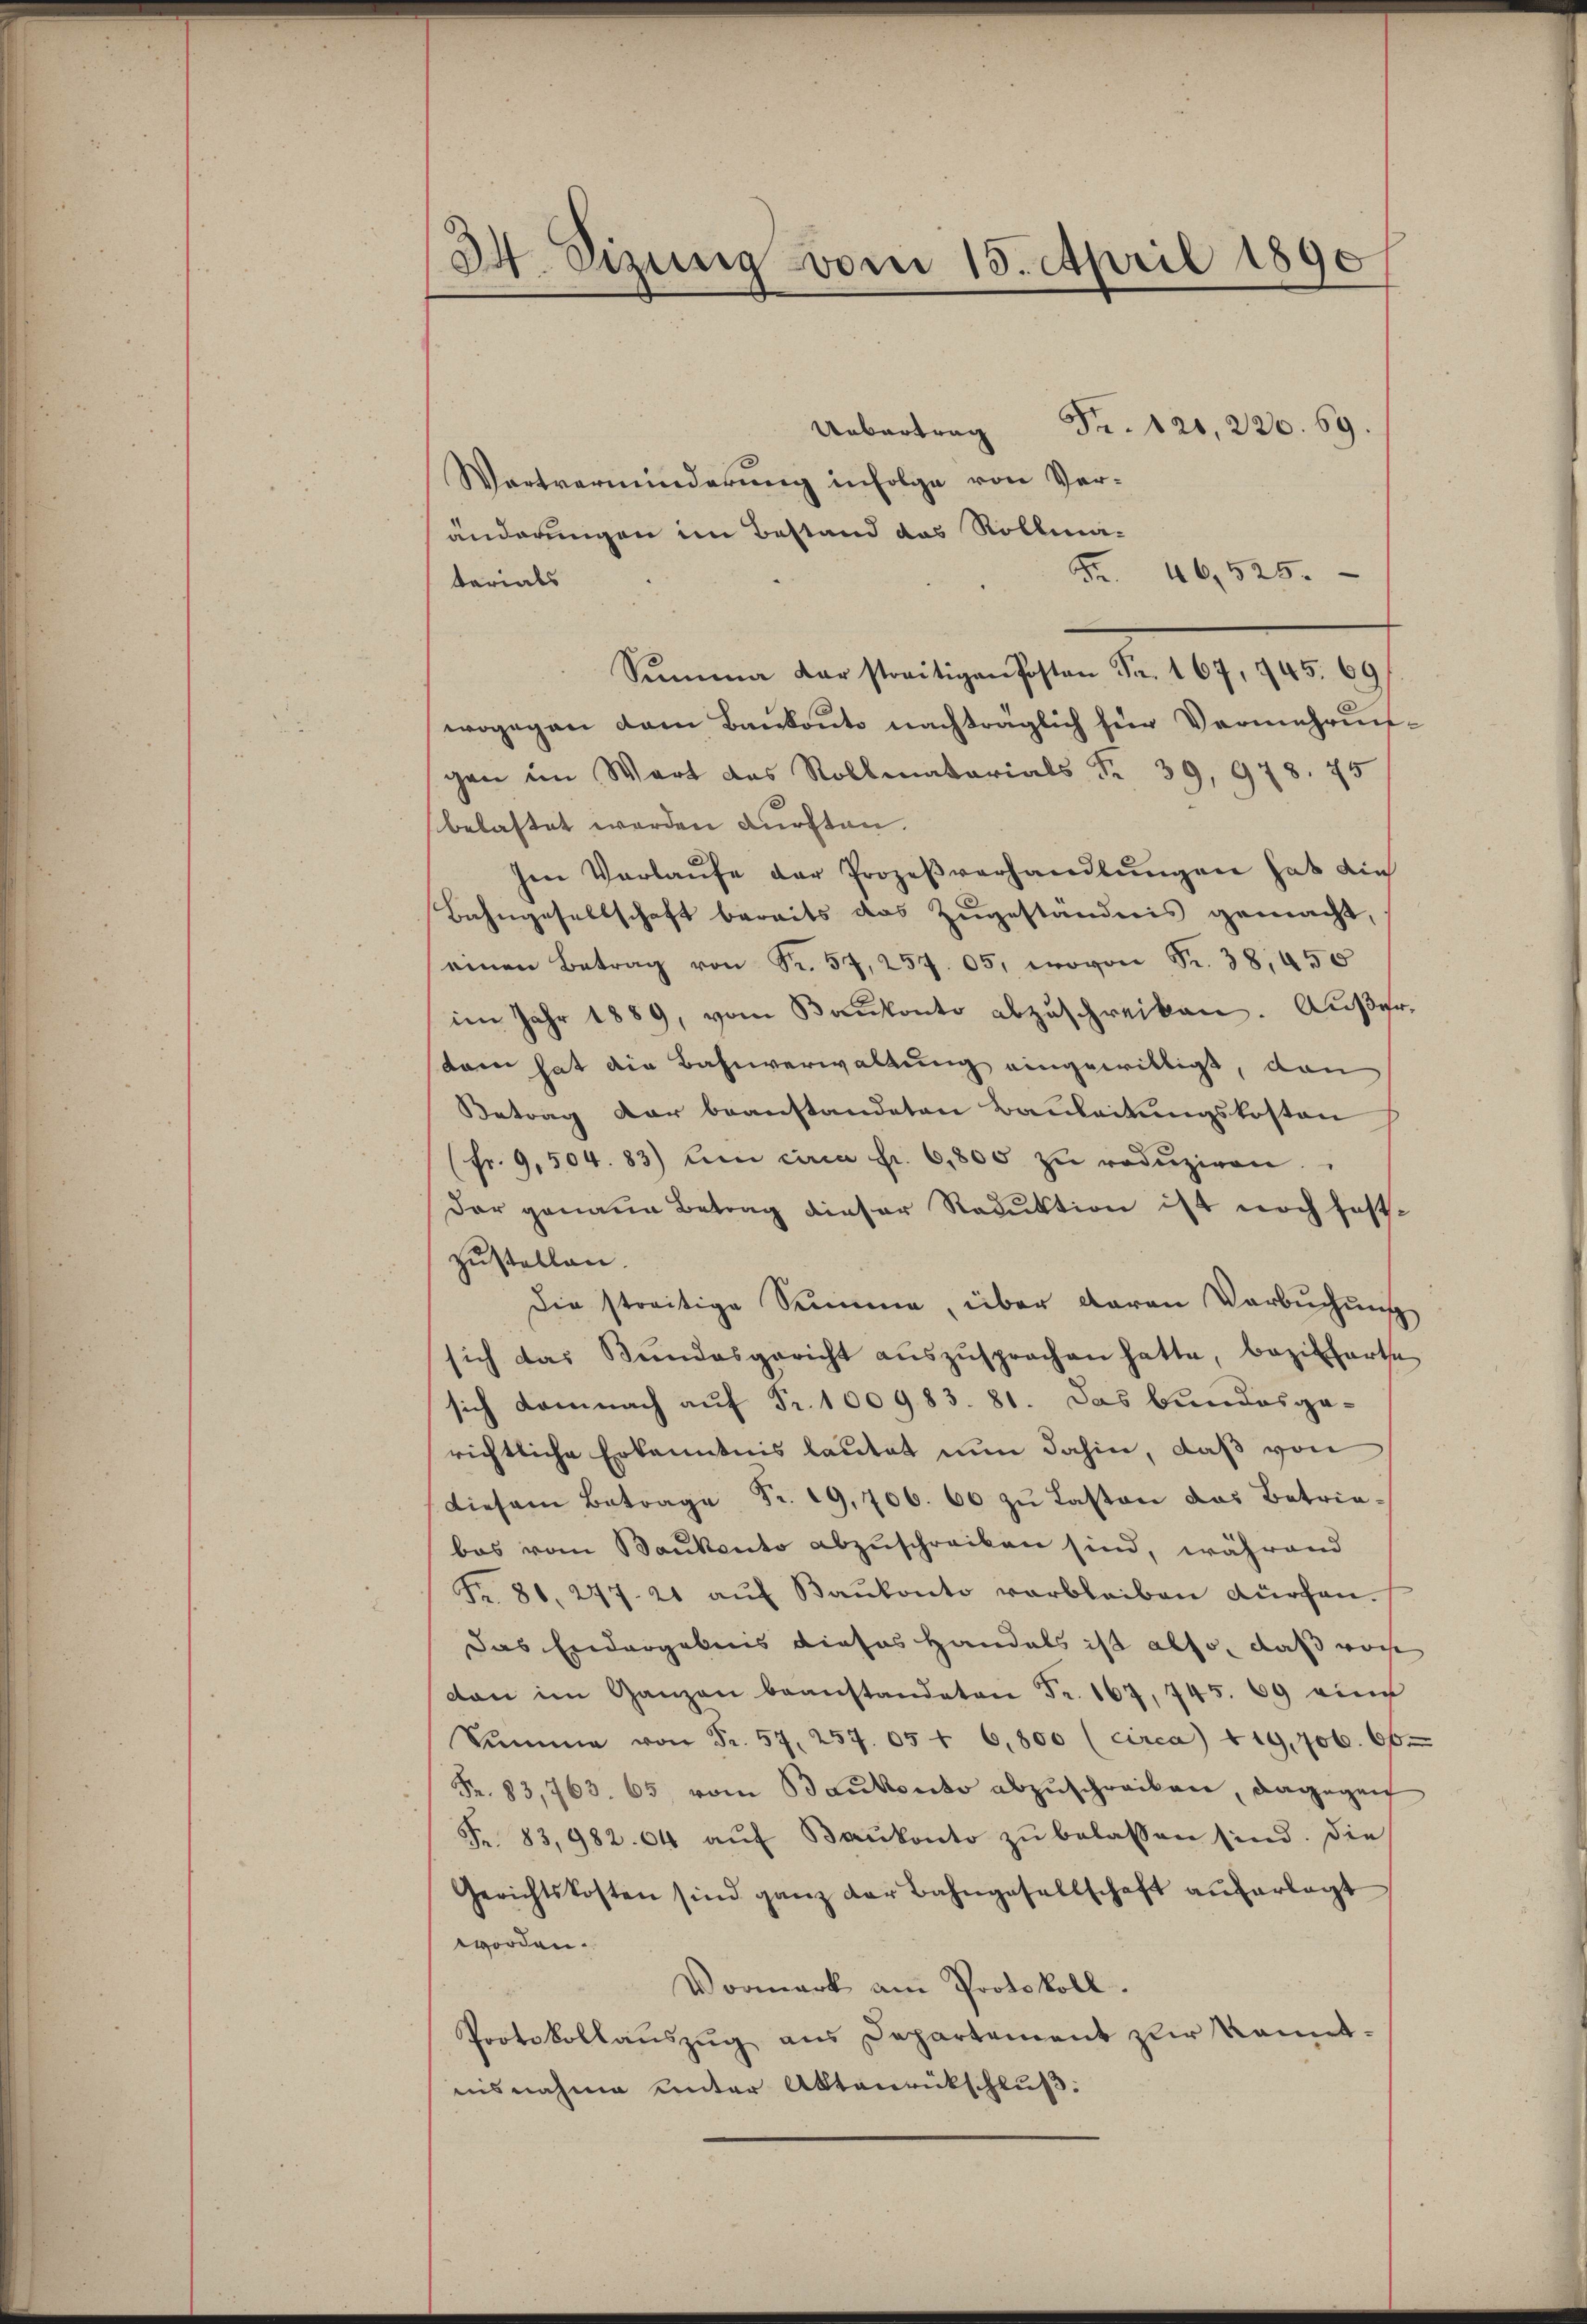
34. Sizung vom 15. April 1890

Uebertrag Fr. 121, 220. 69.
Wortverminderung infolge von Veränderungen im Bestand das Rollmä¬
Fr. 46, 525.
terials
Sŭmme der streitigen Posten Fr. 167, 745. 69
wogegen dem Baukoute nachträglich für Vermehrungen im Wort des Rollmatorials Fr. 39, 978. 75
belastet werden dürften.
Im Verlaŭfe der Prozeβverhandlŭngen hat die
Bahngesellschaft bereits das Zugeständnis gemacht,
einen Betrag von Fr. 57, 257. 05, wovon Fr. 38,450
im Jahr 1889, vom Bankonto abzuschreiben. Außerdann hat die Bahnverwaltung eingewilligt, dan
Betrag dar beanstandeten Bauleitungskosten
(fr. 9,504. 83) Am circa Fr. 6,800 zŭ redŭziren.
dar genaue Betrag dieser Reduktion ist noch fest-
zustellen.
Die streitige Summe, über daran Verbuchung
sich das Bŭndesgericht aŭszŭsprochen hatte, bezieharte
sich damnach auf Fr. 100983. 81. Das Bundesgerichtliche Erkanntnis lautet nun dahin, daß von
Diesem Betrage Fr. 29,706. 60 zu Lasten das Betriebas vom Baukento abzuschreiben sind, während
Fr. 81. 247. 21 aŭf Baŭkonto verbleiben dürfen.
Das Endergebnis dieses Handels ist also, daß vorh
dan im Ganzen beanstandeten Fr. 167, 745. 69 eine
Sŭmme von Fr. 57, 257. 05 + 6,800 (circa 419, 706. 66.
Fr. 83,763. 65 vom Baukonto abzuschreiben, dagegen
Fr. 83,982. 64 aŭf Baŭkonto zŭ belassen sind. Die
Gerichtskosten sind ganz der Bahngesellschaft aŭferlegt
worden.
Vormark am Protokoll.
Protokollauszug aus Departement zur kannt-
nisnahme unter Aktenrückschluß: